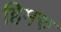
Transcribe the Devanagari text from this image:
हिमरु